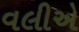
વલીએ